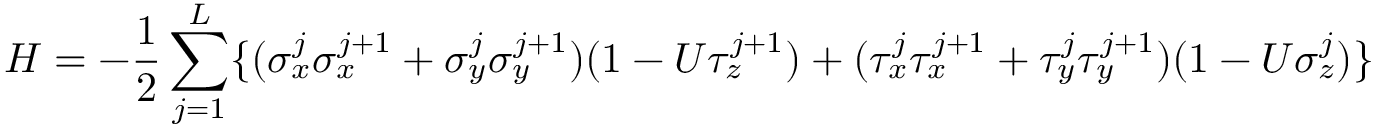
H = - \frac { 1 } { 2 } \sum _ { j = 1 } ^ { L } \{ ( \sigma _ { x } ^ { j } \sigma _ { x } ^ { j + 1 } + \sigma _ { y } ^ { j } \sigma _ { y } ^ { j + 1 } ) ( 1 - U \tau _ { z } ^ { j + 1 } ) + ( \tau _ { x } ^ { j } \tau _ { x } ^ { j + 1 } + \tau _ { y } ^ { j } \tau _ { y } ^ { j + 1 } ) ( 1 - U \sigma _ { z } ^ { j } ) \}